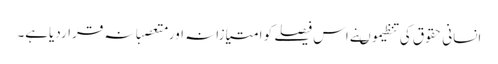
انسانی حقوق کی تنظیموںنے اس فیصلے کو امتیازانہ اورمتعصبانہ قراردیاہے۔